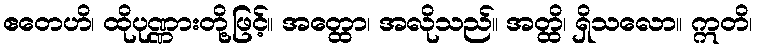
ဧတေဟိ၊ ထိုပုဏ္ဏားတို့ဖြင့်။ အတ္ထော၊ အလိုသည်။ အတ္ထိ၊ ရှိသလော။ ဣတိ၊